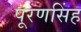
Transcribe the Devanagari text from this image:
पूरणसिंह